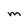
Character: m